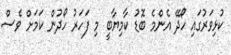
ކުޅިވަރުގައި ހޯދޭ އެންމެ ބޮޑު ކާމިޔާބީ މި ފަހަރު ހޯދުން ކަމަށް ވެސް